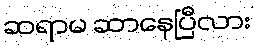
ဆရာမ ဆာနေပြီလား